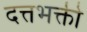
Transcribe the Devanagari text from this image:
दत्तभक्ती